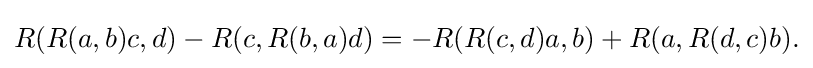
\displaystyle {R(R(a,b)c,d)-R(c,R(b,a)d)=-R(R(c,d)a,b)+R(a,R(d,c)b).}